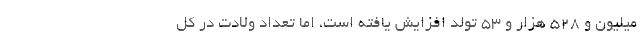
میلیون و ٥٢٨ هزار و ٥٣ تولد افزایش یافته است، اما تعداد ولادت در کل